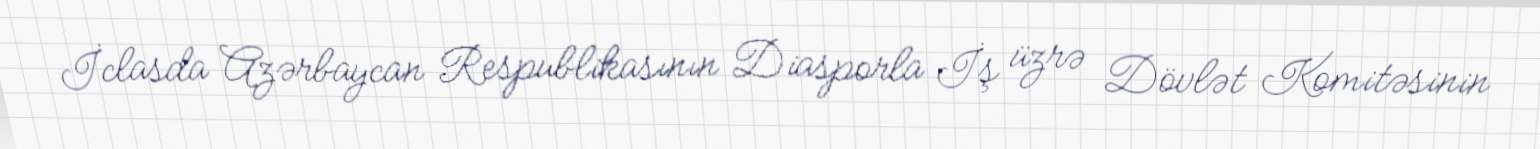
İclasda Azərbaycan Respublikasının Diasporla İş üzrə Dövlət Komitəsinin